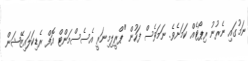
ނަމުގައި ނެރުނު ރިޕޯޓެއް ކަމަށެވެ. ނަމަވެސް ފަހުން "ޕްރީލިމިނަރީ އެސެސްމަންޓް އޮފް ރެޑިކަލައިޒޭޝަން